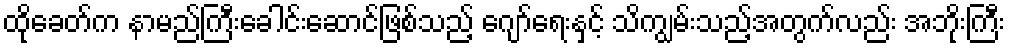
ထိုခေတ်က နာမည်ကြီးခေါင်းဆောင်ဖြစ်သည့် ဂျော်ရေးနှင့် သိကျွမ်းသည့်အတွက်လည်း အဘိုးကြီး